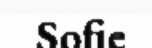
Sofie